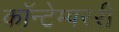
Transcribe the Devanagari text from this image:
कॉन्टेम्पररी